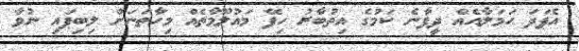
އެފަދަ ހަމަލާއެއް ދީފާނެ ކަމުގެ އިތުބާރު ހިފޭ މައުލޫމާތެއް މިހާތަނަށް ލިބިފައި ނުވާ